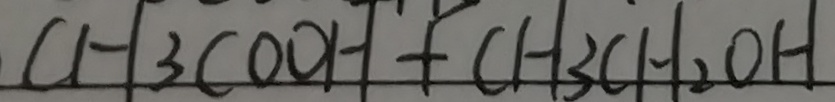
C H 3 C O O H + C H _ { 3 } C H _ { 2 } O H